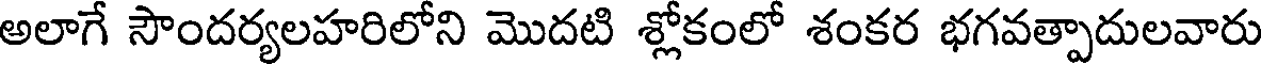
అలాగే సౌందర్యలహరిలోని మొదటి శ్లోకంలో శంకర భగవత్పాదులవారు